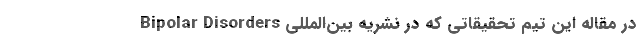
در مقاله این تیم تحقیقاتی که در نشریه بین‌المللی Bipolar Disorders